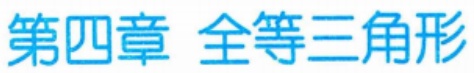
第四章 全等三角形